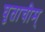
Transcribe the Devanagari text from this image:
घृताचीम्